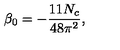
\beta _ { 0 } = - { \frac { 1 1 N _ { c } } { 4 8 \pi ^ { 2 } } } ,